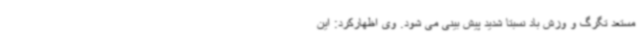
مستعد تگرگ و وزش باد نسبتا شدید پیش بینی می شود. وی اظهارکرد: این